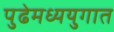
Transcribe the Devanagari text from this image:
पुढेमध्ययुगात